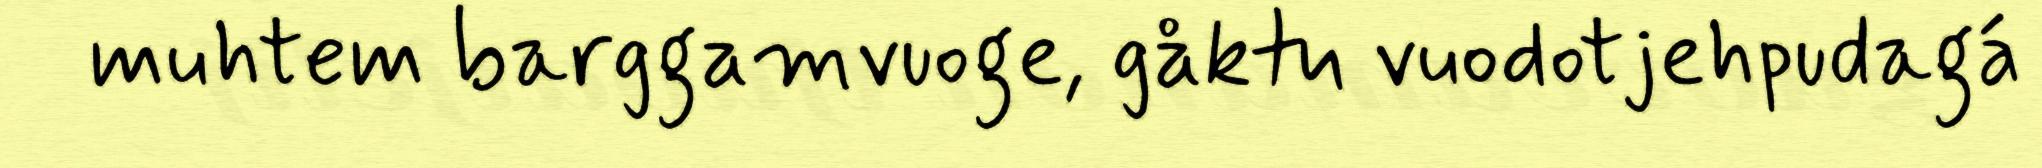
muhtem barggamvuoge, gåktu vuodotjehpudagá